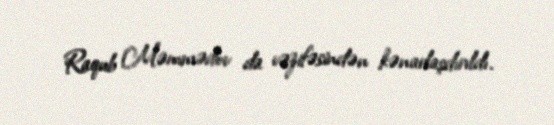
Raqub Məmmədov da vəzifəsindən kənarlaşdırıldı.